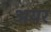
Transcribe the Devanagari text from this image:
अयर